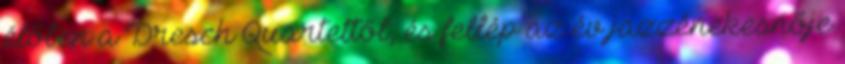
élőben a Dresch Quartettől, és fellép az év jazzénekesnője